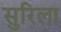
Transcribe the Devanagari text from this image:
सुरिला